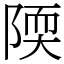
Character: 陾